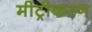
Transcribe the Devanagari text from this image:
मीट्रीकरण